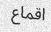
اقماع